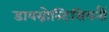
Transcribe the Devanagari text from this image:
डायग्नोस्टिसियनौं